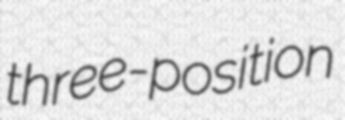
three-position